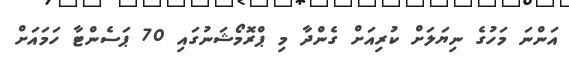
އަންނަ މަހުގެ ނިޔަލަށް ކުރިއަށް ގެންދާ މި ޕްރޮމޯޝަނުގައި 70 ޕަސެންޓާ ހަމައަށް